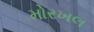
મોરખલ